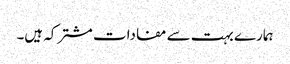
ہمارے بہت سے مفادات مشترکہ ہیں۔